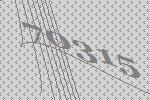
70315